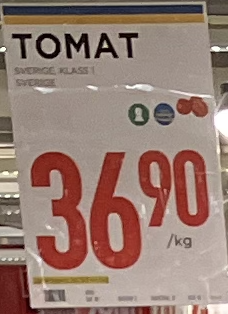
Vara: Tomat
Genomsnittspris: 36.9 per kg